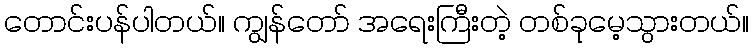
တောင်းပန်ပါတယ်။ ကျွန်တော် အရေးကြီးတဲ့ တစ်ခုမေ့သွားတယ်။